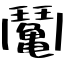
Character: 䰗